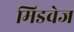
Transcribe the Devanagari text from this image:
मिडवेज